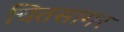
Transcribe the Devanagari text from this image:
चितसागर